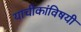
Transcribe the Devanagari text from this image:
याचीकांविषयी